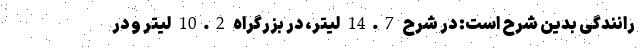
رانندگی بدین شرح است: در شرح 14.7 لیتر، در بزرگراه 10.2 لیتر و در